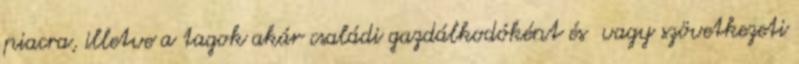
piacra, illetve a tagok akár családi gazdálkodóként és vagy szövetkezeti